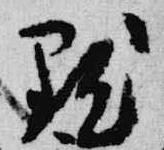
点